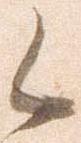
候